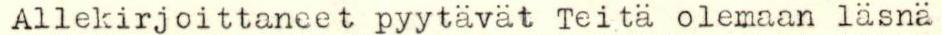
Allekirjoittaneet pyytävät Teitä olemaan läsnä